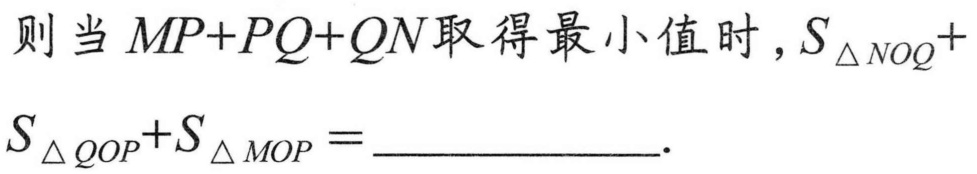
则当\(MP + PQ + QN\)取得最小值时，\(S_{\triangle NOQ}+S_{\triangle QOP}+S_{\triangle MOP}=\) .